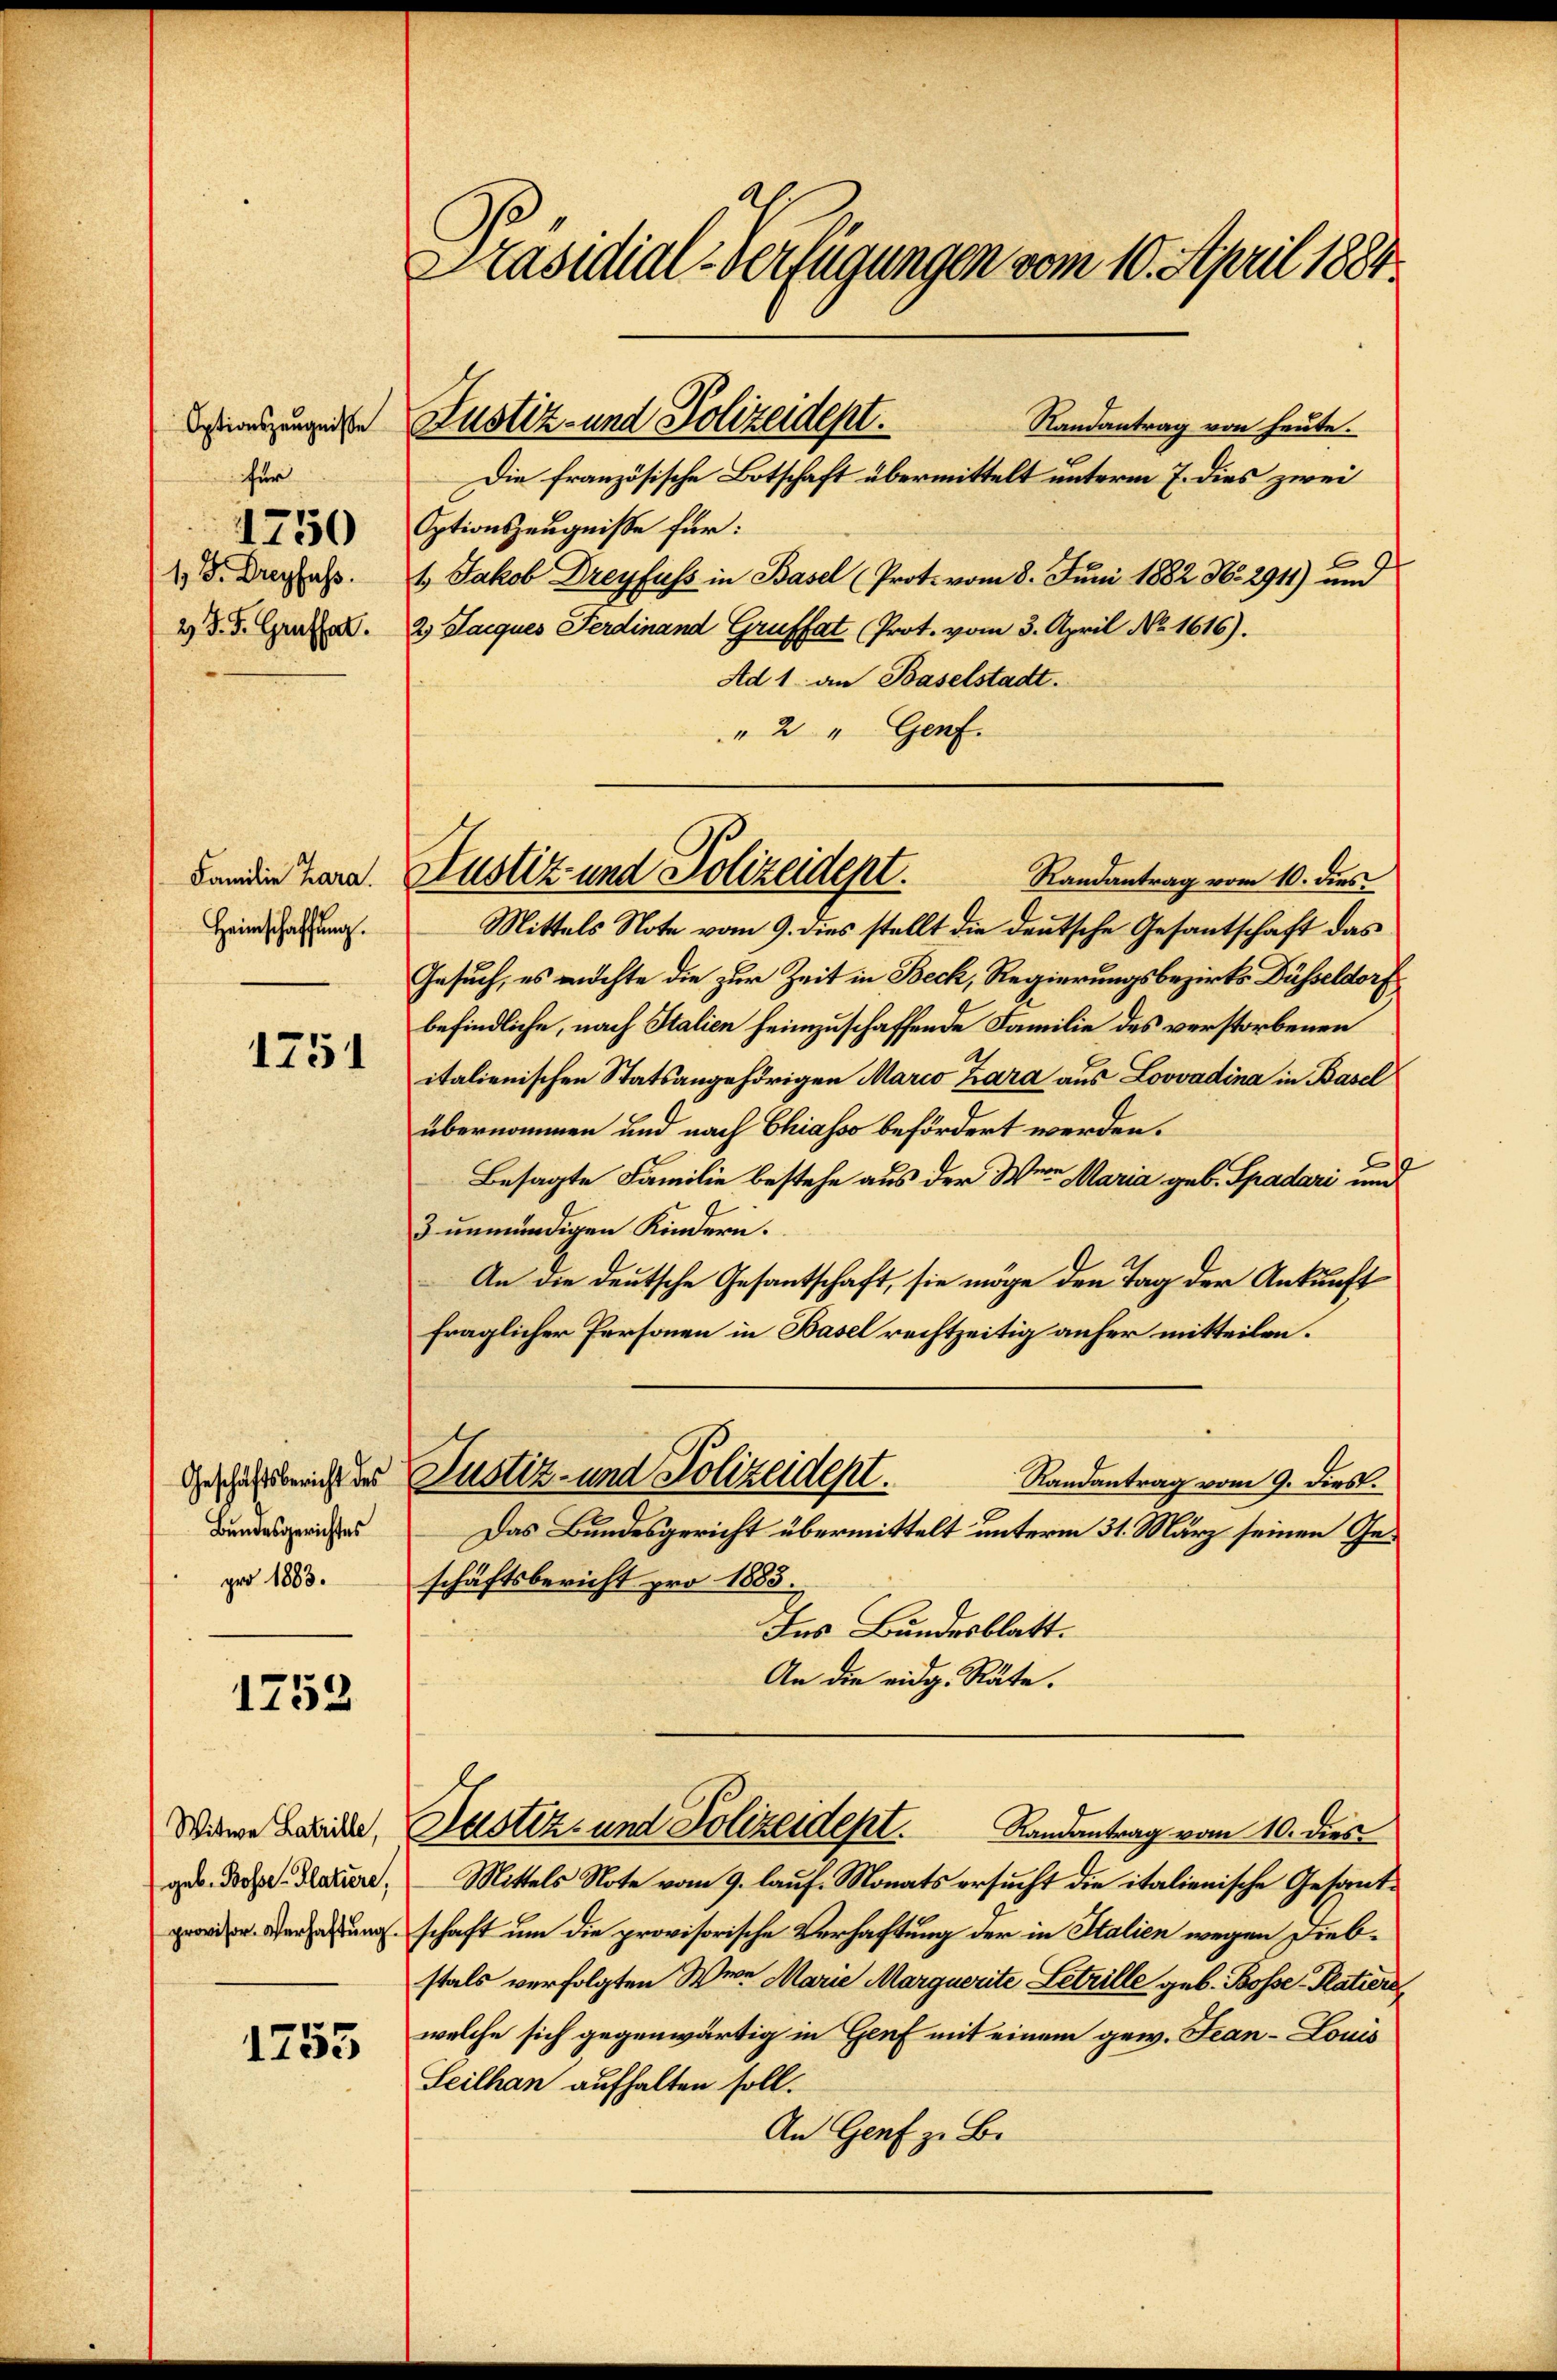
Optionszeugniße
für
1750
1 D. Dreyfass
2 J. J. Graffat.

Familie Kara.
Heimschaffung.

1751

Geschäftsbericht des
Bundesgerichtes
pro 1883.

1752

Witwe Latrille,
geb. Bosse-Platiere,
provisor. Verhaftung.

1753

Präsidial-Verfügungen vom 10. April 1884.

Randantrag von heute.
Die französische Botschaft übermittelt unterm 7. dies zwei
Optionszeugniße für:
.
1. Jakob Dreyfuss in Basel (Prot. vom 8. Juni 1882 No 2911) um
2 Jacques Ferdinand Gruffat (Prot. vom 3. April No 1616).
Ad 1. an Baselstadt.
" 2 " Genf.
Randantrag vom 10. dies
Mittels Note vom 9. dies stellt die deutsche Gesantschaft das
Gesuch, es möchte die zur Zeit in Beck, Regierungsbezirks Düsseldorf
befindliche, nach Italien heimzuschaffende Familie des verstorbenen
italienischen Statsangehörigen Marco Zara aus Loovadina in Basel
übernommen und nach Chiasso befördert werden.
Besagte Familie bestehe aus der Wein Maria geb. Spadari und
3 unmündigen Kindern.
An die deutsche Gesantschaft, sie möge den Tag der Ankunft
fraglicher Personen in Basel rechtzeitig anfer mitteilen.
Justiz- und Polizeidept.
Randantrag vom 9. dies.
Das Bundesgericht übermittelt unterm 31. März seinen Geschäftsbericht pro 1883.
Ins Bundesblatt.
An die eidg. Räte.
Dustiz- und Polizeidept.
Randantrag vom 10. dies
Mittels Note vom 9. lauf. Monats ersucht die italienische Gesandschaft um die provisorische Verhaftung der in Stalien wegen Diebstals verfolgten Were Marie Marquerite Letzille geb. Bosse-Platiers
welche sich gegenwärtig in Genf mit einem gew. Jean - Louis
Seilhan aufhalten soll.
An Genf z. B.

Justiz- und Polizeidept.

Justiz- und Polizeidept.